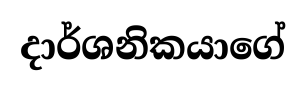
දාර්ශනිකයාගේ